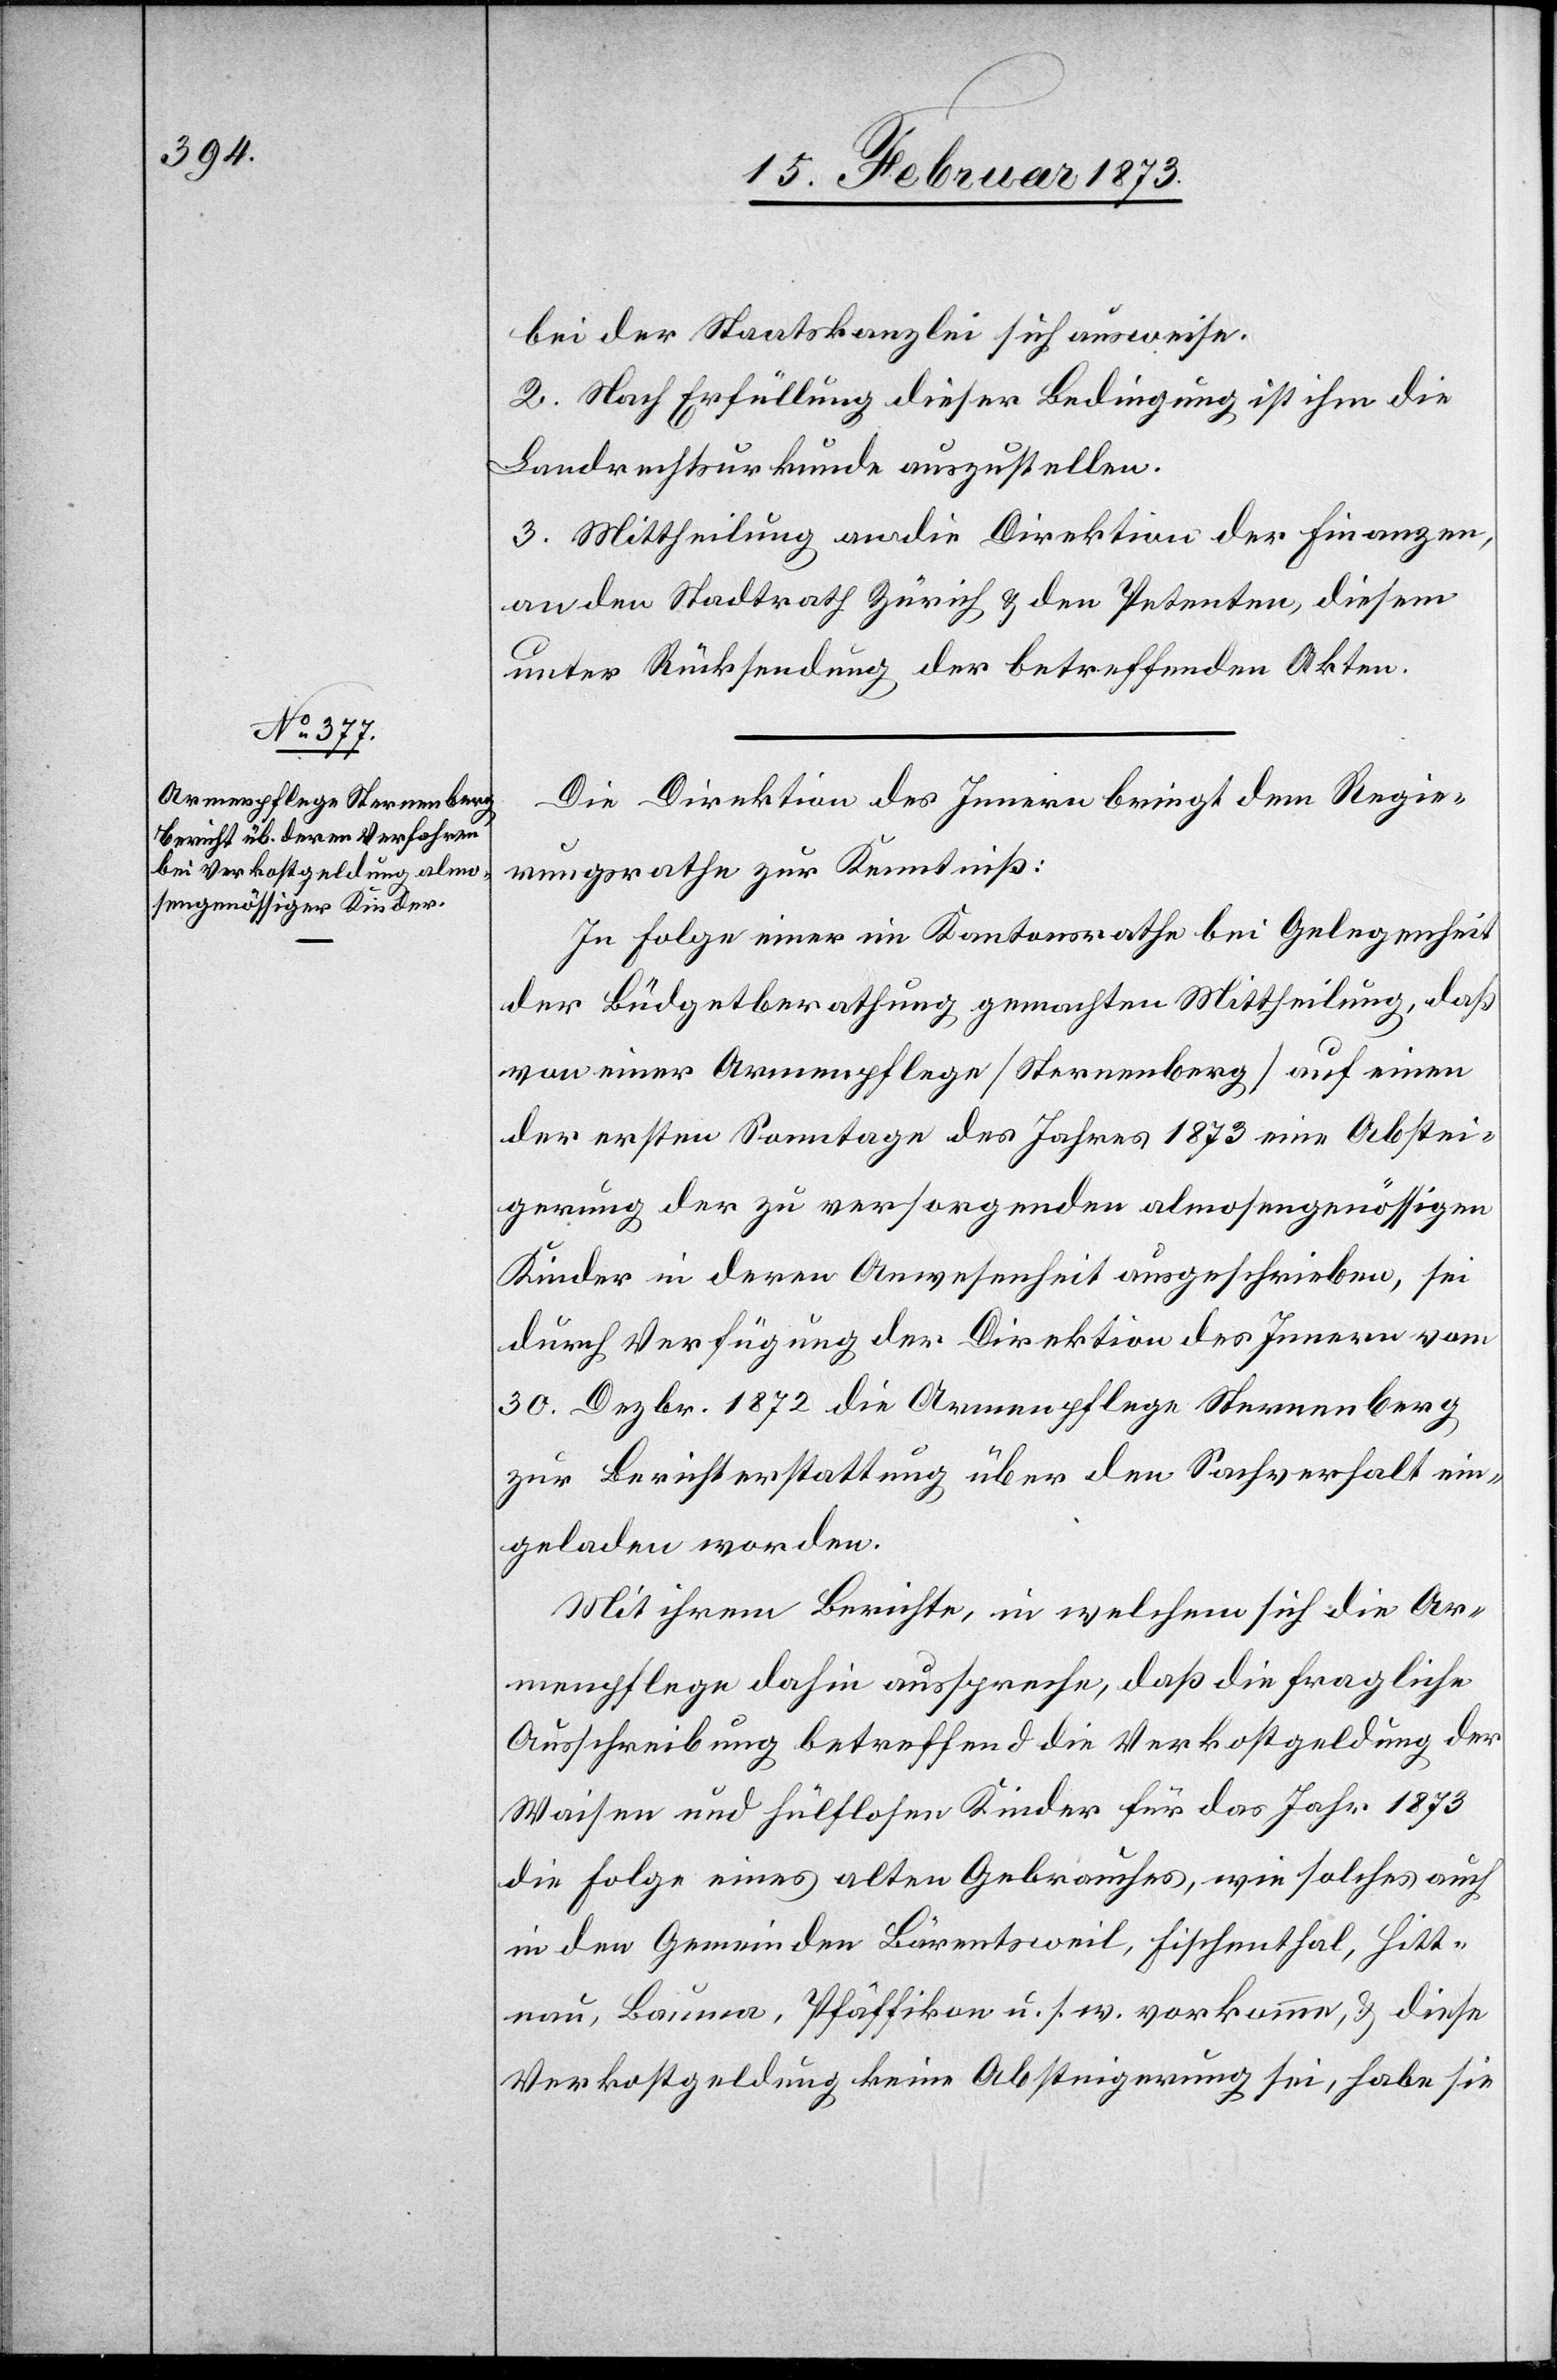
bei der Staatskanzlei sich ausweise.
2. Nach Erfüllung dieser Bedingung ist ihm die
Landrechtsurkunde auszustellen.
3. Mittheilung an die Direktion der Finanzen,
an den Stadtrath Zürich u. den Petenten, diesem
unter Rücksendung der betreffenden Akten.
Die Direktion des Innern bringt dem Regie¬
rungsrathe zur Kenntniß:
In Folge einer im Kantonsrathe bei Gelegenheit
der Budgetberathung gemachten Mittheilung, daß
von einer Armenpflege [Sternenberg] auf einen
der ersten Sonntage des Jahres 1873 eine Abstei¬
gerung der zu versorgenden almosengenössigen
Kinder in deren Anwesenheit ausgeschrieben, sei
durch Verfügung der Direktion des Innern vom
30. Dezbr. 1872 die Armenpflege Sternenberg
zur Berichterstattung über den Sachverhalt ein¬
geladen worden.
Mit ihrem Berichte, in welchem sich die Ar¬
menpflege dahin ausspreche, daß die fragliche
Ausschreibung betreffend die Verkostgeldung der
Waisen und hülflosen Kinder für das Jahr 1873
die Folge eines alten Gebrauches, wie solches auch
in den Gemeinden Bärentsweil, Fischenthal, Hitt¬
nau, Bauma, Pfäffikon u. s. w. vorkomme, u. diese
Verkostgeldung keine Absteigerung sei, habe sie